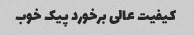
کیفیت عالی برخورد پیک خوب